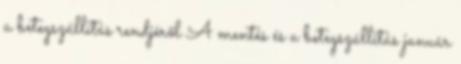
a betegszállítás rendjéről A mentés és a betegszállítás január